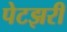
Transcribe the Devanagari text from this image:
पेटझरी